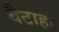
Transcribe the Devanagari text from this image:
वैटाहा